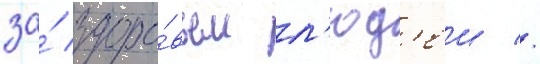
за́ здоро́вьем л'юд'еи //